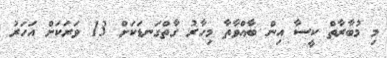
މި މުބާރާތް ކީސާ އިން ބާއްވާތާ މިހާރު ގާތްގަނޑަކަށް 13 ވަރަކަށް އަހަރު